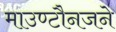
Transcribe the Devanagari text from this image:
माउण्टौनजने